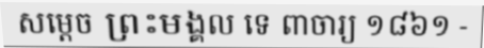
សម្តេច ព្រះមង្គល ទេ ពាចារ្យ ១៨៦១ -